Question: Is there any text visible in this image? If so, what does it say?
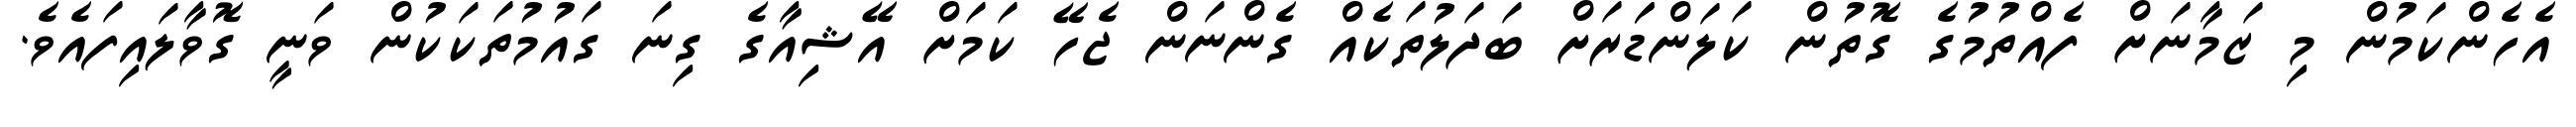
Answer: އެހެންކަމުން މި ޒަމާނަށް ފެއްތުމުގެ ގޮތުން ކަލަންޑަަރަށް ބަދަލުތަކެއް ގެންނަން ޖެހޭ ކަމަށް އޭޝިއާގެ ގިނަ ގައުމުތަކަކުން ވަނީ ގޮވާލައިފައެވެ.